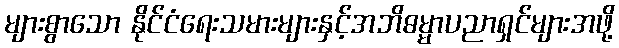
များစွာသော နိုင်ငံရေးသမားများနှင့်အဘိဓမ္မာပညာရှင်များအဖို့